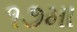
૧૭મા